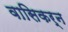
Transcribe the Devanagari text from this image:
वासिकर्न